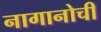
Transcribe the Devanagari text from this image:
नागानोची